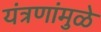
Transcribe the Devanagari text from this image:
यंत्रणांमुळे